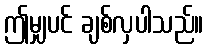
ဤမျှပင် ချစ်လှပါသည်။